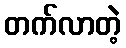
တက်လာတဲ့